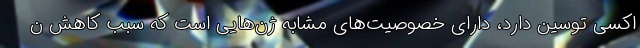
اکسی توسین دارد، دارای خصوصیت‌های مشابه ژن‌هایی است که سبب کاهش ن